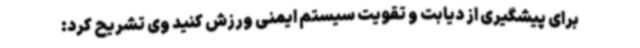
برای پیشگیری از دیابت و تقویت سیستم ایمنی ورزش کنید وی تشریح کرد: